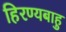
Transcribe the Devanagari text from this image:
हिरण्यबाहु